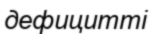
дефицитті